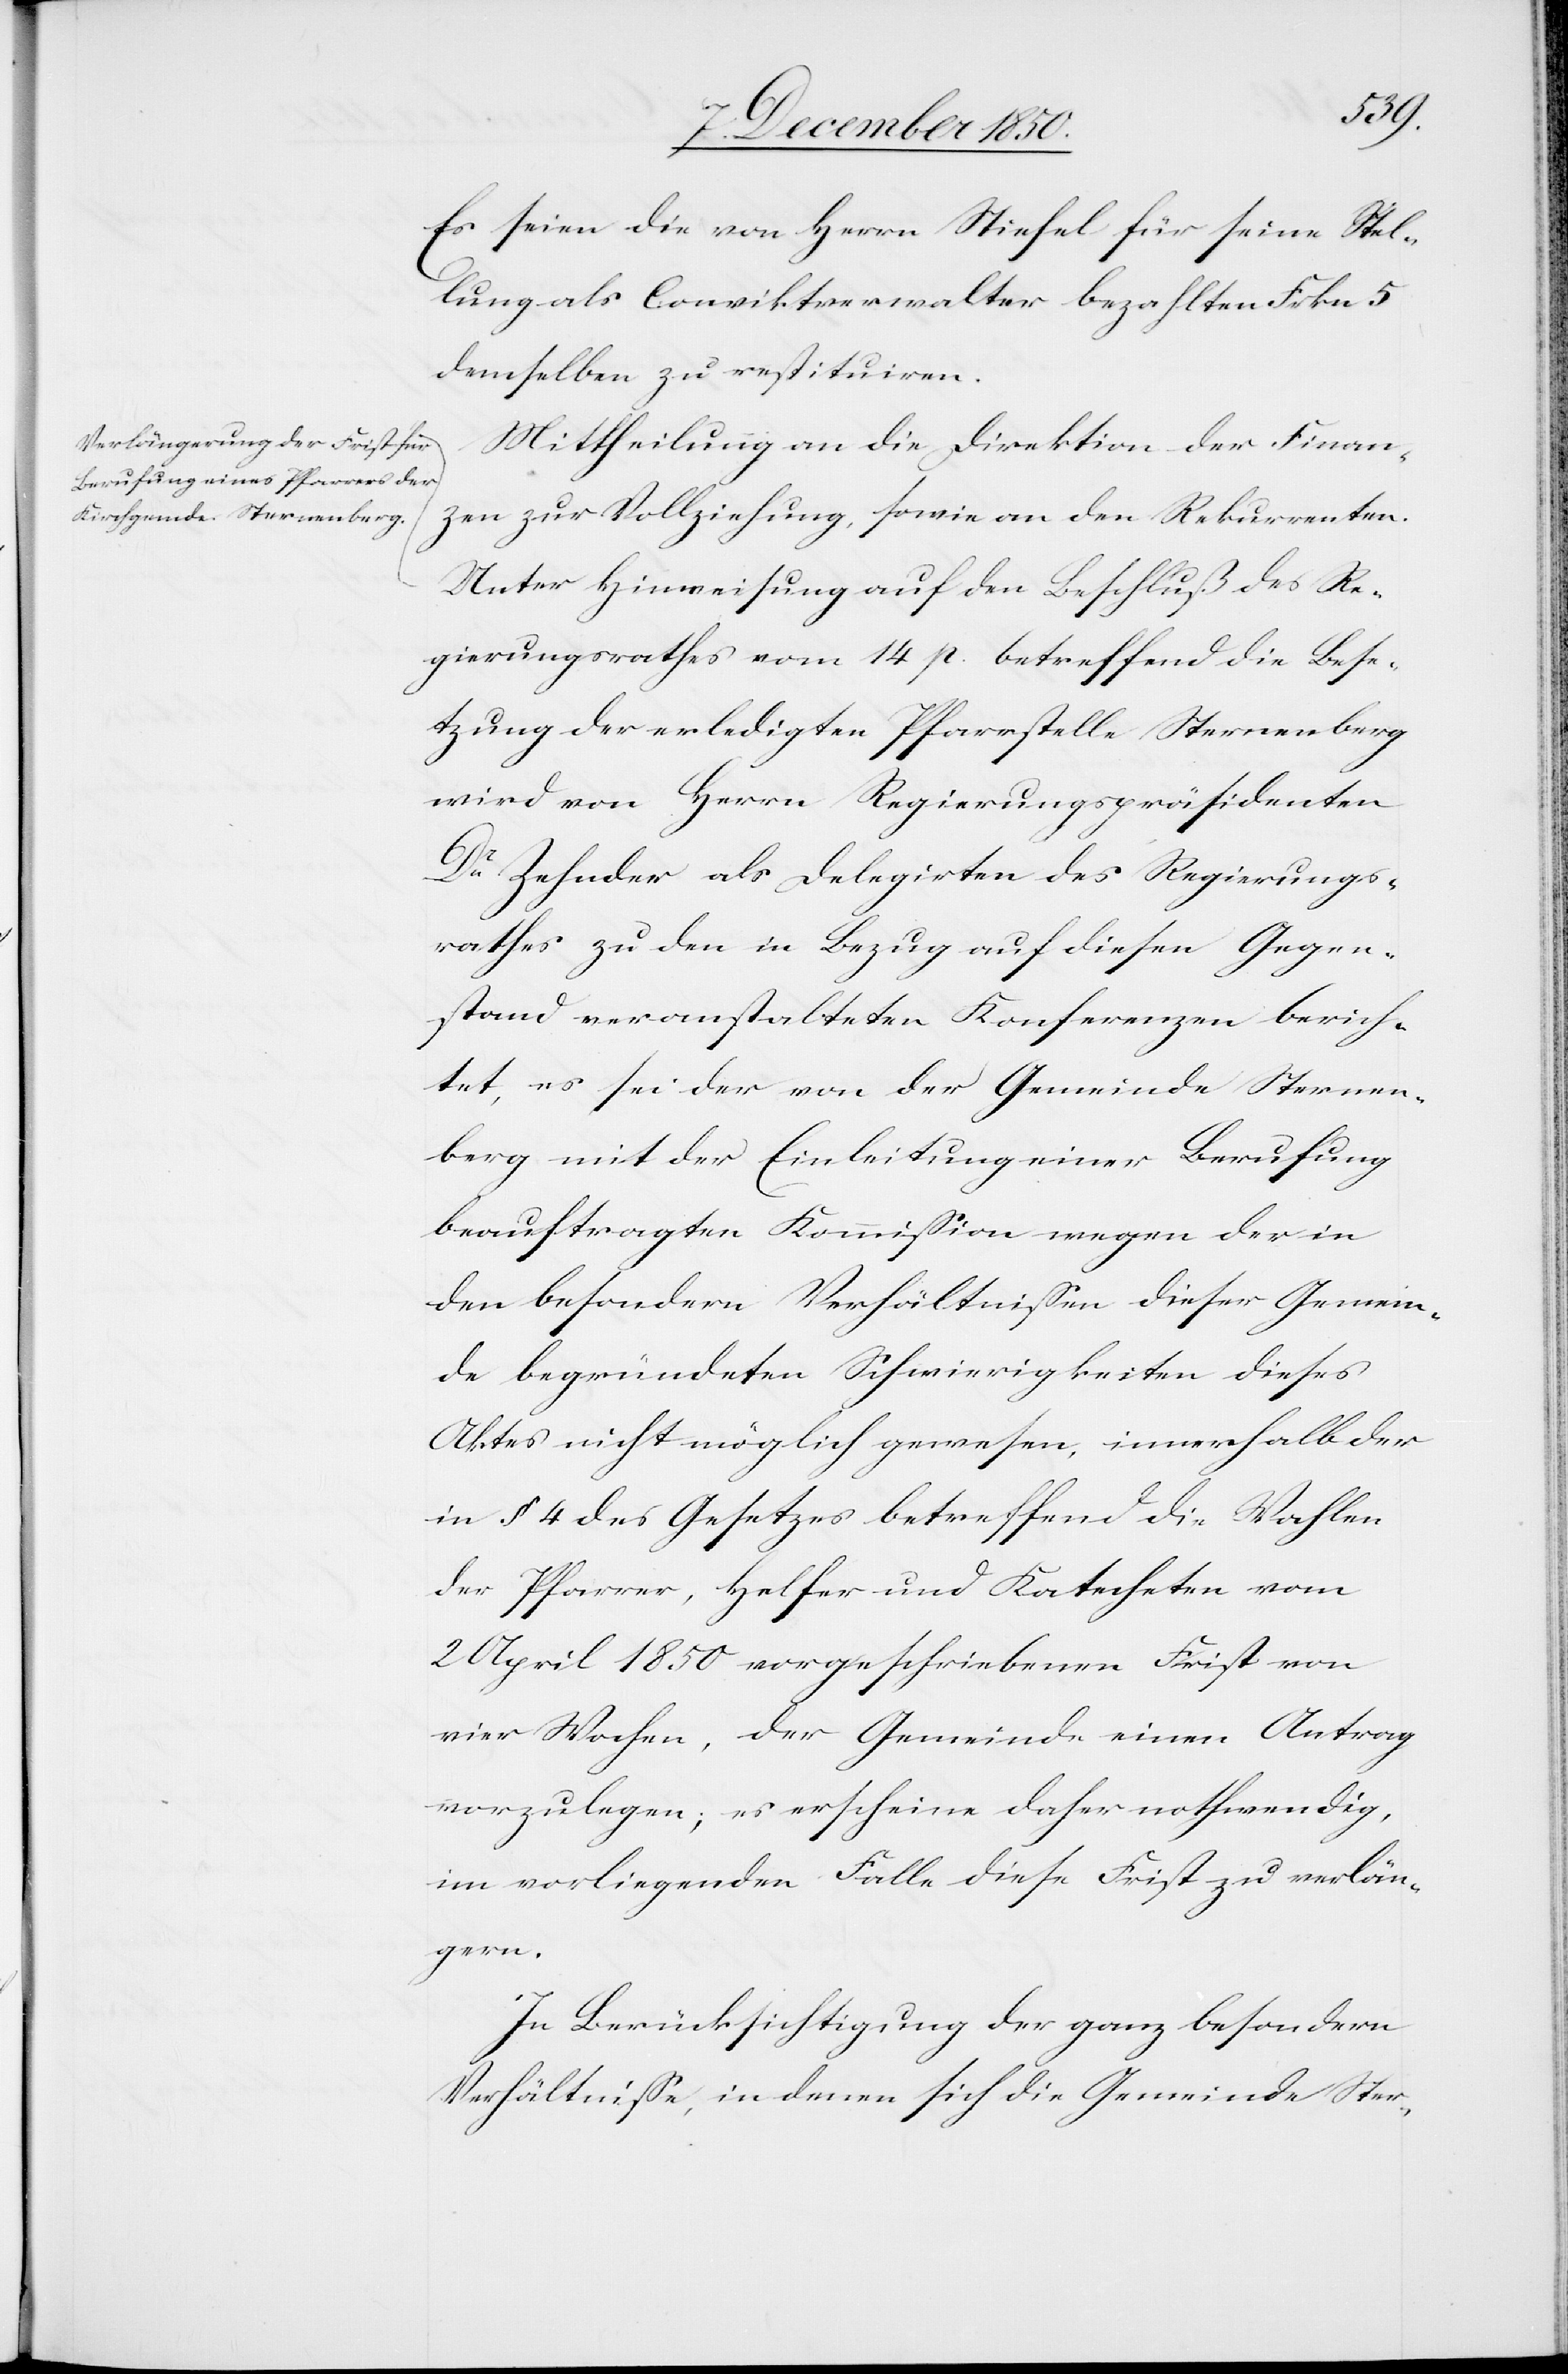
Es seien die von Herrn Stiefel für seine Stel¬
lung als Conviktverwalter bezahlten Frkn. 5
demselben zu restituiren.
Mittheilung an die Direktion der Finan¬
zen zur Vollziehung, sowie an den Rekurrenten.
Unter Hinweisung auf den Beschluß des Re¬
gierungsrathes vom 14 p. betreffend die Bese¬
tzung der erledigten Pfarrstelle Sternenberg
wird von Herrn Regierungspräsidenten
Dr Zehnder als Delegirten des Regierungs¬
rathes zu den in Bezug auf diesen Gegen¬
stand veranstalteten Konferenzen berich¬
tet, es sei der von der Gemeinde Sternen¬
berg mit der Einleitung einer Berufung
beauftragten Kommission wegen der in
den besondern Verhältnissen dieser Gemein¬
de begründeten Schwierigkeiten dieses
Aktes nicht möglich gewesen, innerhalb der
in § 4 des Gesetzes betreffend die Wahlen
der Pfarrer, Helfer und Katecheten vom
2 April 1850 vorgeschriebenen Frist von
vier Wochen, der Gemeinde einen Antrag
vorzulegen; es erscheine daher nothwendig,
im vorliegenden Falle diese Frist zu verlän¬
gern.
In Berücksichtigung der ganz besondern
Verhältnisse, in denen sich die Gemeinde Ster-